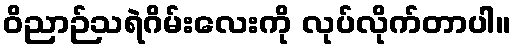
ဝိညာဉ်သရဲဂိမ်းလေးကို လုပ်လိုက်တာပါ။